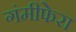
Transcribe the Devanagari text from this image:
गंमीफेरा